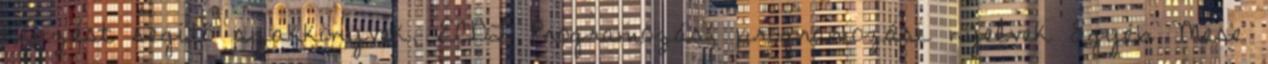
képzést segítő szakkönyvek, ECDL Programozás, programozási nyelvek Egyéb Mese